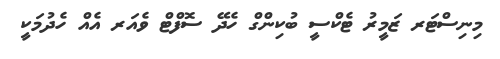
މިނިސްޓަރ ޒަމީރު ޓެކްސީ ބުކިންގް ހެދޭ ސޮފްޓް ވެއަރ އެއް ހެދުމަކީ